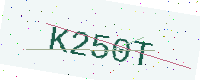
Text: K250T